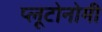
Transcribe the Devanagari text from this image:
प्लूटोनोमी